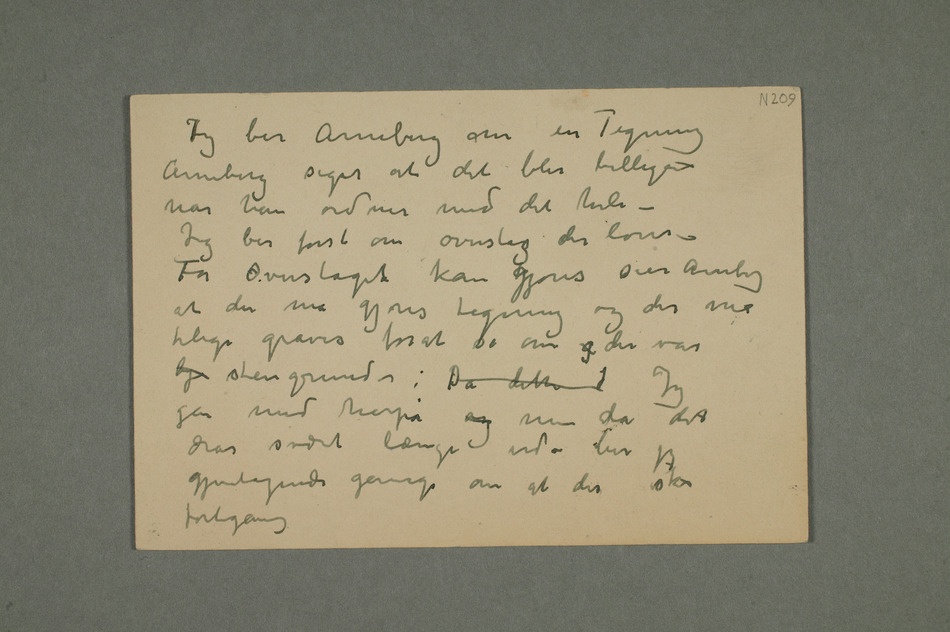
Jeg ber Arneberg om en Tegning
Arneberg siger det blir billigere
når han ordner med det hele –
Jeg ber først om overslag der loves –
Før Overslaget kan kgjøres sier Arneberg
at der må gjøres tegning og
tilige graves forat se om g der var
by stengrund –: Da dette  Jeg
går med herpå og men da det
drar svært længe ud ber jeg
gjentagende gange om at der sker
fortgang